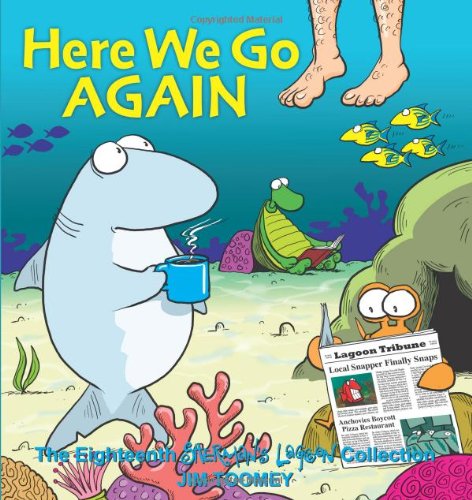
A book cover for Here We Go Again: The Eighteenth Sherman's Lagoon Collection (Sherman's Lagoon Collections); Jim Toomey; Comics & Graphic Novels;